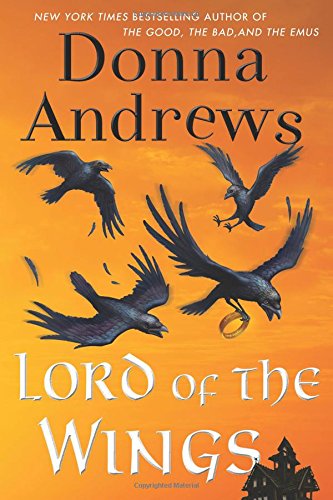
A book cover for Lord of the Wings: A Meg Langslow Mystery (Meg Langslow Mysteries); Donna Andrews; Mystery, Thriller & Suspense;